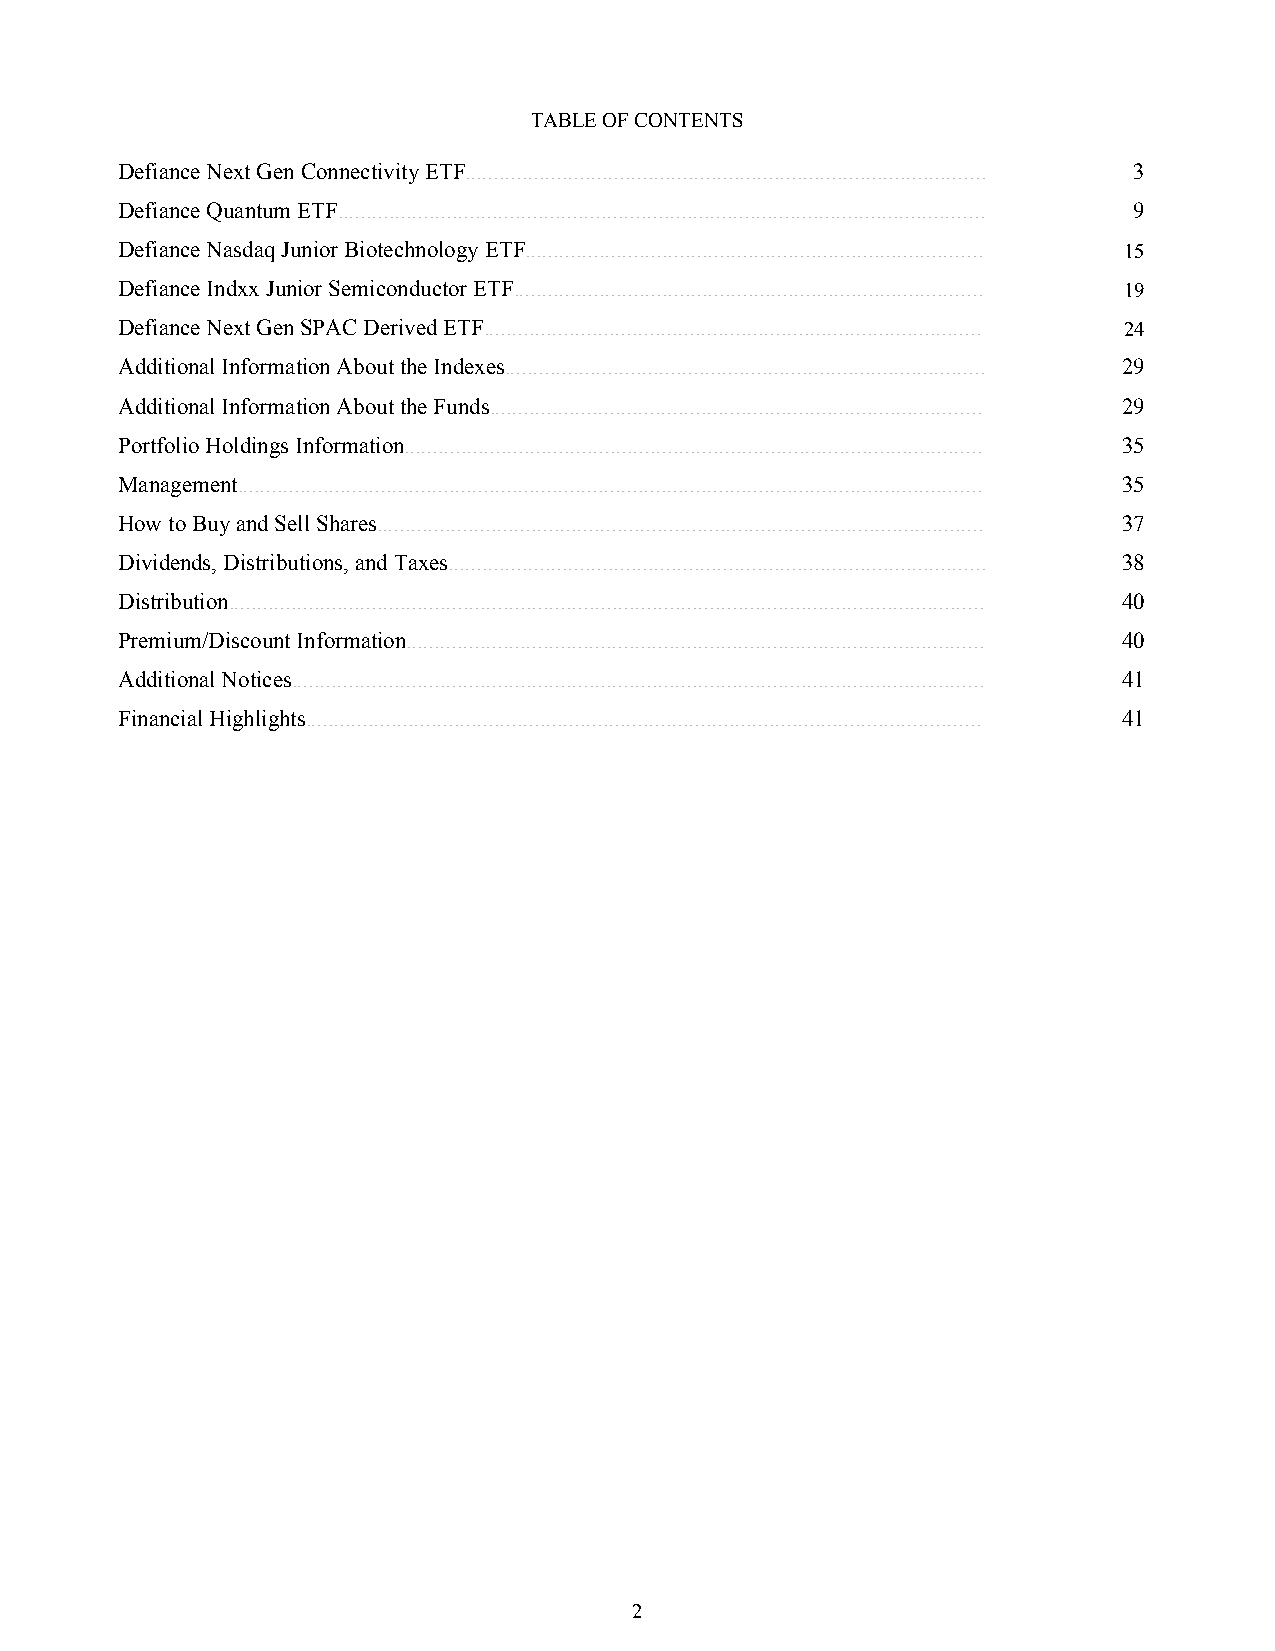
TABLE OF CONTENTS
 Defiance Next Gen Connectivity ETF........................................................................................... 3
 Defiance Quantum ETF................................................................................................................. 9
 Defiance Nasdaq Junior Biotechnology ETF................................................................................ 15
 Defiance Indxx Junior Semiconductor ETF.................................................................................. 19
 Defiance Next Gen SPAC Derived ETF....................................................................................... 24
 Additional Information About the Indexes.................................................................................... 29
 Additional Information About the Funds...................................................................................... 29
 Portfolio Holdings Information..................................................................................................... 35
 Management.................................................................................................................................. 35
 How to Buy and Sell Shares.......................................................................................................... 37
 Dividends, Distributions, and Taxes.............................................................................................. 38
 Distribution.................................................................................................................................... 40
 Premium/Discount Information..................................................................................................... 40
 Additional Notices......................................................................................................................... 41
 Financial Highlights...................................................................................................................... 41
 2